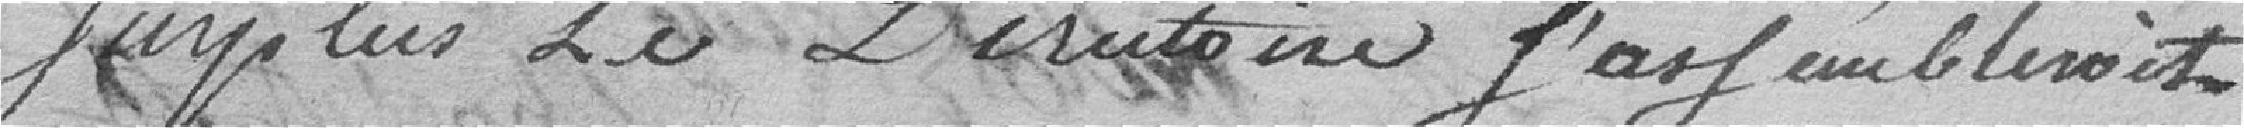
surplus le Directoire s'assemblerait